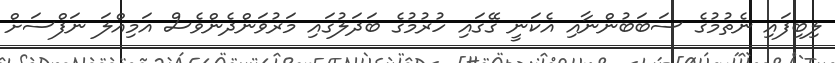
ލިބިފައި ނެތުމުގެ ސަބަބުންނާއި އެކަނީ ގޭގައި ހުރުމުގެ ބަދަލުގައި މަރުވަންދެންވެސް އަމިއްލަ ނަފްސަށް